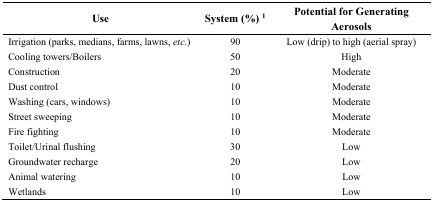
| Use | System (%) 1 | Potential for Generating Aerosols |
 | --- | --- | --- |
 | Irrigation (parks, medians, farms, lawns, etc.) | 90 | Low (drip) to high (aerial spray) |
 | Cooling towers/Boilers | 50 | High |
 | Construction | 20 | Moderate |
 | Dust control | 10 | Moderate |
 | Washing (cars, windows) | 10 | Moderate |
 | Street sweeping | 10 | Moderate |
 | Fire fighting | 10 | Moderate |
 | Toilet/Urinal flushing | 30 | Low |
 | Groundwater recharge | 20 | Low |
 | Animal watering | 10 | Low |
 | Wetlands | 10 | Low |